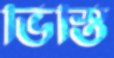
ভিস্তি